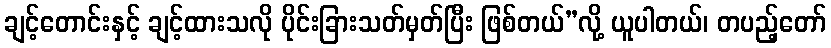
ချင့်တောင်းနှင့် ချင့်ထားသလို ပိုင်းခြားသတ်မှတ်ပြီး ဖြစ်တယ်”လို့ ယူပါတယ်၊ တပည့်တော်